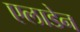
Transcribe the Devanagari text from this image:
एलाडेन